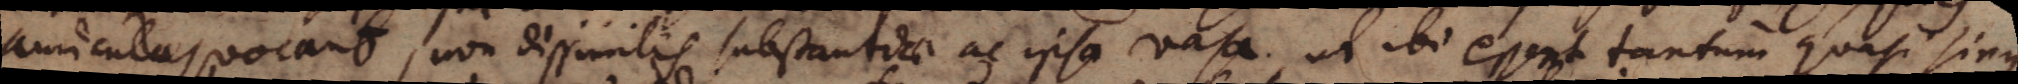
auriculas vocant, non dissimilis substantiae ac ipsa vasa, ut ibi essent tantum quasi sinus,